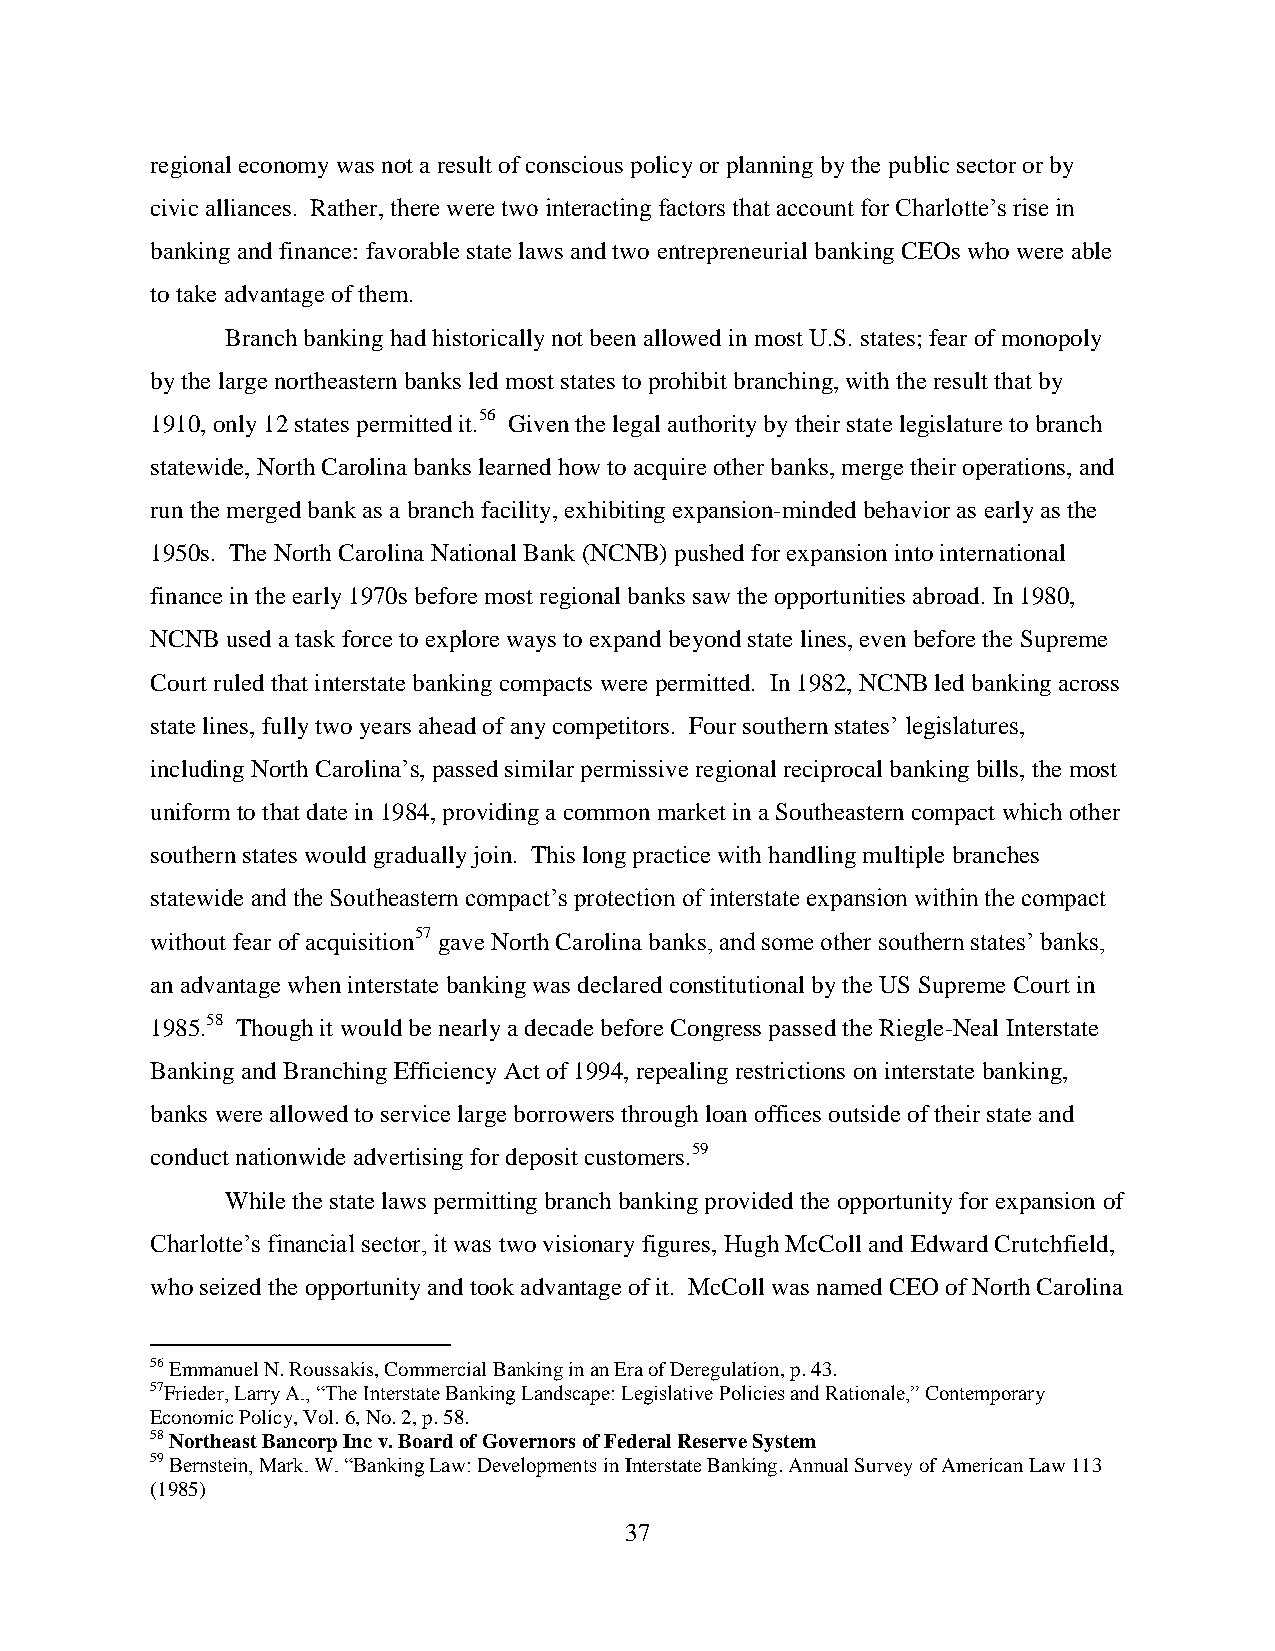
regional economy was not a result of conscious policy or planning by the public sector or by
 civic alliances. Rather, there were two interacting factors that account for Charlotte’s rise in
 banking and finance: favorable state laws and two entrepreneurial banking CEOs who were able
 to take advantage of them.
 Branch banking had historically not been allowed in most U.S. states; fear of monopoly
 by the large northeastern banks led most states to prohibit branching, with the result that by
 1910, only 12 states permitted it.56 Given the legal authority by their state legislature to branch
 statewide, North Carolina banks learned how to acquire other banks, merge their operations, and
 run the merged bank as a branch facility, exhibiting expansion-minded behavior as early as the
 1950s. The North Carolina National Bank (NCNB) pushed for expansion into international
 finance in the early 1970s before most regional banks saw the opportunities abroad. In 1980,
 NCNB used a task force to explore ways to expand beyond state lines, even before the Supreme
 Court ruled that interstate banking compacts were permitted. In 1982, NCNB led banking across
 state lines, fully two years ahead of any competitors. Four southern states’ legislatures,
 including North Carolina’s, passed similar permissive regional reciprocal banking bills, the most
 uniform to that date in 1984, providing a common market in a Southeastern compact which other
 southern states would gradually join. This long practice with handling multiple branches
 statewide and the Southeastern compact’s protection of interstate expansion within the compact
 without fear of acquisition57 gave North Carolina banks, and some other southern states’ banks,
 an advantage when interstate banking was declared constitutional by the US Supreme Court in
 1985.58 Though it would be nearly a decade before Congress passed the Riegle-Neal Interstate
 Banking and Branching Efficiency Act of 1994, repealing restrictions on interstate banking,
 banks were allowed to service large borrowers through loan offices outside of their state and
 conduct nationwide advertising for deposit customers.59
 While the state laws permitting branch banking provided the opportunity for expansion of
 Charlotte’s financial sector, it was two visionary figures, Hugh McColl and Edward Crutchfield,
 who seized the opportunity and took advantage of it. McColl was named CEO of North Carolina
 56 Emmanuel N. Roussakis, Commercial Banking in an Era of Deregulation, p. 43.
 57Frieder, Larry A., “The Interstate Banking Landscape: Legislative Policies and Rationale,” Contemporary
 Economic Policy, Vol. 6, No. 2, p. 58.
 58 Northeast Bancorp Inc v. Board of Governors of Federal Reserve System
 59 Bernstein, Mark. W. “Banking Law: Developments in Interstate Banking. Annual Survey of American Law 113
 (1985)
 37